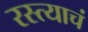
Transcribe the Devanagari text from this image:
रस्त्याचं